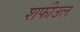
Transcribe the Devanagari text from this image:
शफीउल